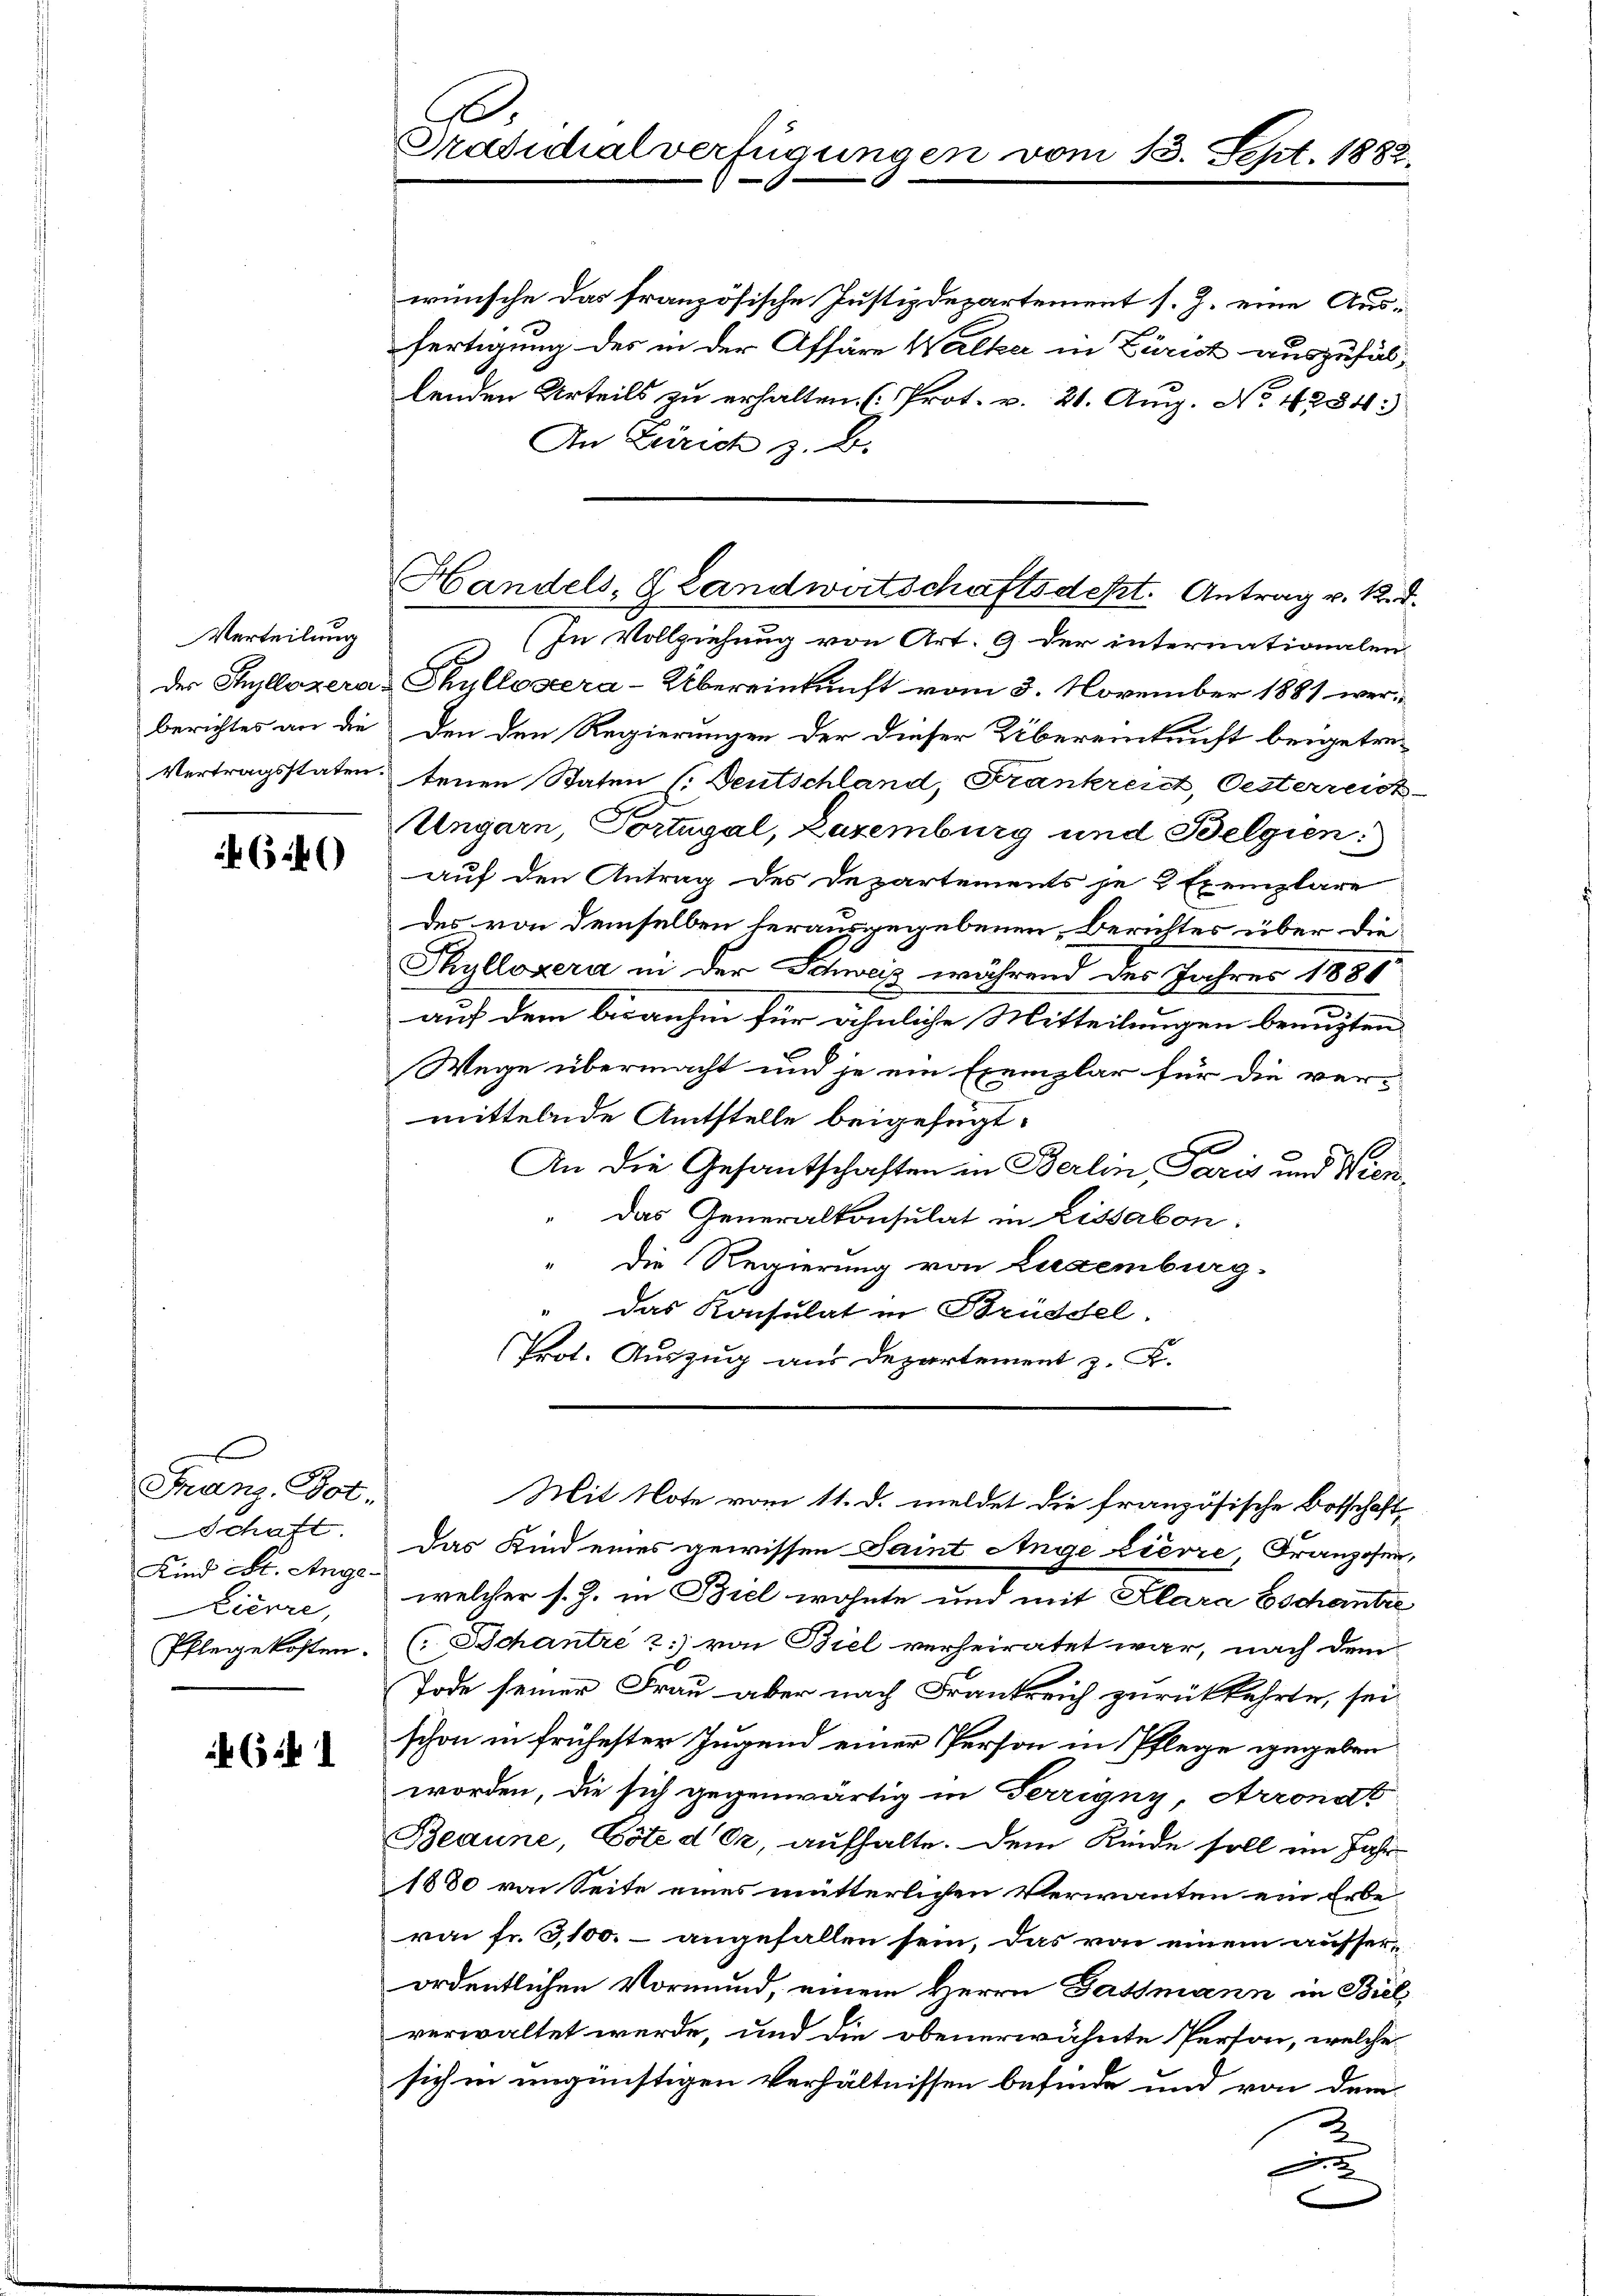
Verteilung
berichtes an die

4640

Franz. Pot.
Kind St. Ange¬
Lienze,

(i 1

Pradichialverfügungen vom 13. Sept. 1882

wünsche das französische Justizdepartement s. Z. eine Ausfertigung des in der Affäre Walker in Zürich auszufällenden Urteils zu erhalten. (Prot. v. 21. Aug. No. 4784:
An Zürich z. B.
(In Vollziehung von Art. 9 der internationalen.
s
der Thyllozeras Chullosera-Übereinkunft vom 3. November 1881 werden den Regierungen der dieser Übereinkunft beigetre¬
Vertragsstaten tenen Staten (: Deutschland, Frankreist, Oesterreist-
Ungarn, Portugal, Zuremburg und Belgien:
auf den Antrag des Departements je 2 Exemplare
des von demselben herausgegebenen Berichtes über die
Thyllozera in der Schweiz während des Jahres 1881
auf dem bisanhin für ähnliche Mitteilungen benuzten
Wege übermacht und je ein Exemplar für die ver-
mittelnde Amtstelle beigefügt.
An die Gesantschaften in Berlin Paris und Wien¬
Das Generalkonsulat in Lissabon.
Die Regierung von Luxenburg.
" Das Konsulat in Bruddel.
Prot. Auszug aus Departement z. K.

Handels, S. Landwirtschaftsdest. Antrag v. R. d.

Mit Note vom 11. d. meldet die französische Botschafts

Schaft. Das Kind eines gewissen Saint Ange Lievre Franzosenwelcher s. Z. in Biel wohnte und mit Klara Eschentie
Pflegekosten (Schantre 2) von Biel verheiratet war, nach dem
Tode seiner Frau aber nach Frankreich zurückkehrte, sei
schon in frühester Jugend einer Person in Pflege gegeben
worden, die sich gegenwärtig in Terrigny, Arronat
Beaune, Cote der, aufhalte. Dem Kinde soll im Jahr
1880 von Seite eines mütterlichen Verwanten ein Erbe-
ran fr. 3,100.- angefallen sein, das von einem ausser-
ordentlichen Vormund, einem Herrn Gassmann in Biel,
verwaltet werde, und die obenerwähnte Person, welche
sich in ungünstigen Verhältnissen befinde und von dem
.